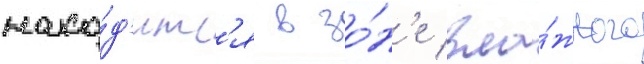
нахо́д'итс'я в зо́н'е вла́жного